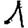
Digit: 1